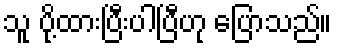
သူ ပို့ထားပြီးပါပြီဟု ပြောသည်။